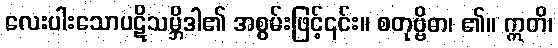
လေးပါးသောပဋိသမ္ဘိဒါ၏ အစွမ်းဖြင့်၎င်း။ စတုဗ္ဗိဓာ၊ ၏။ ဣတိ၊